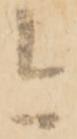
今